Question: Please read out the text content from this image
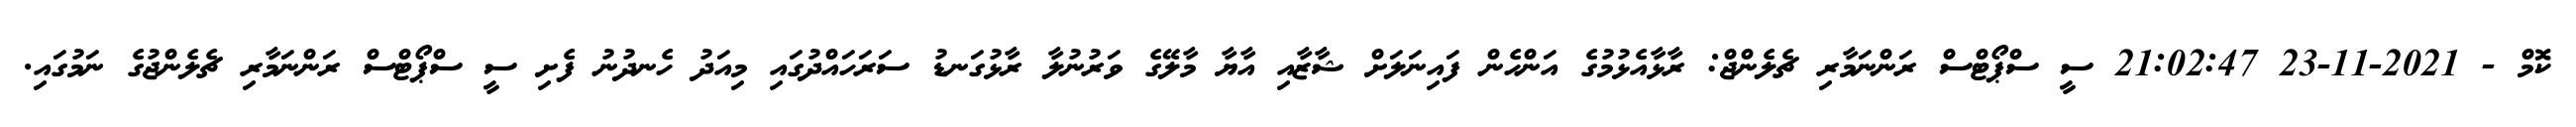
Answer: ކޮމް - 2021-11-23 21:02:47 ސީ ސްޕޯޓްސް ރަންނަމާރި ޗެލެންޖް: ރާޅާއެޅުމުގެ އަންހެން ފައިނަލަށް ޝާޒާއި އާޔާ މާލޭގެ ވަރުނުލާ ރާޅުގަނޑު ސަރަހައްދުގައި މިއަދު ހެނދުނު ފެށި ސީ ސްޕޯޓްސް ރަންނަމާރި ޗެލެންޖުގެ ނަމުގައި.